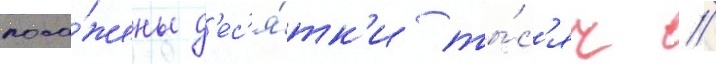
поса́жены д'ес'я́тк'и ты́с'яч //